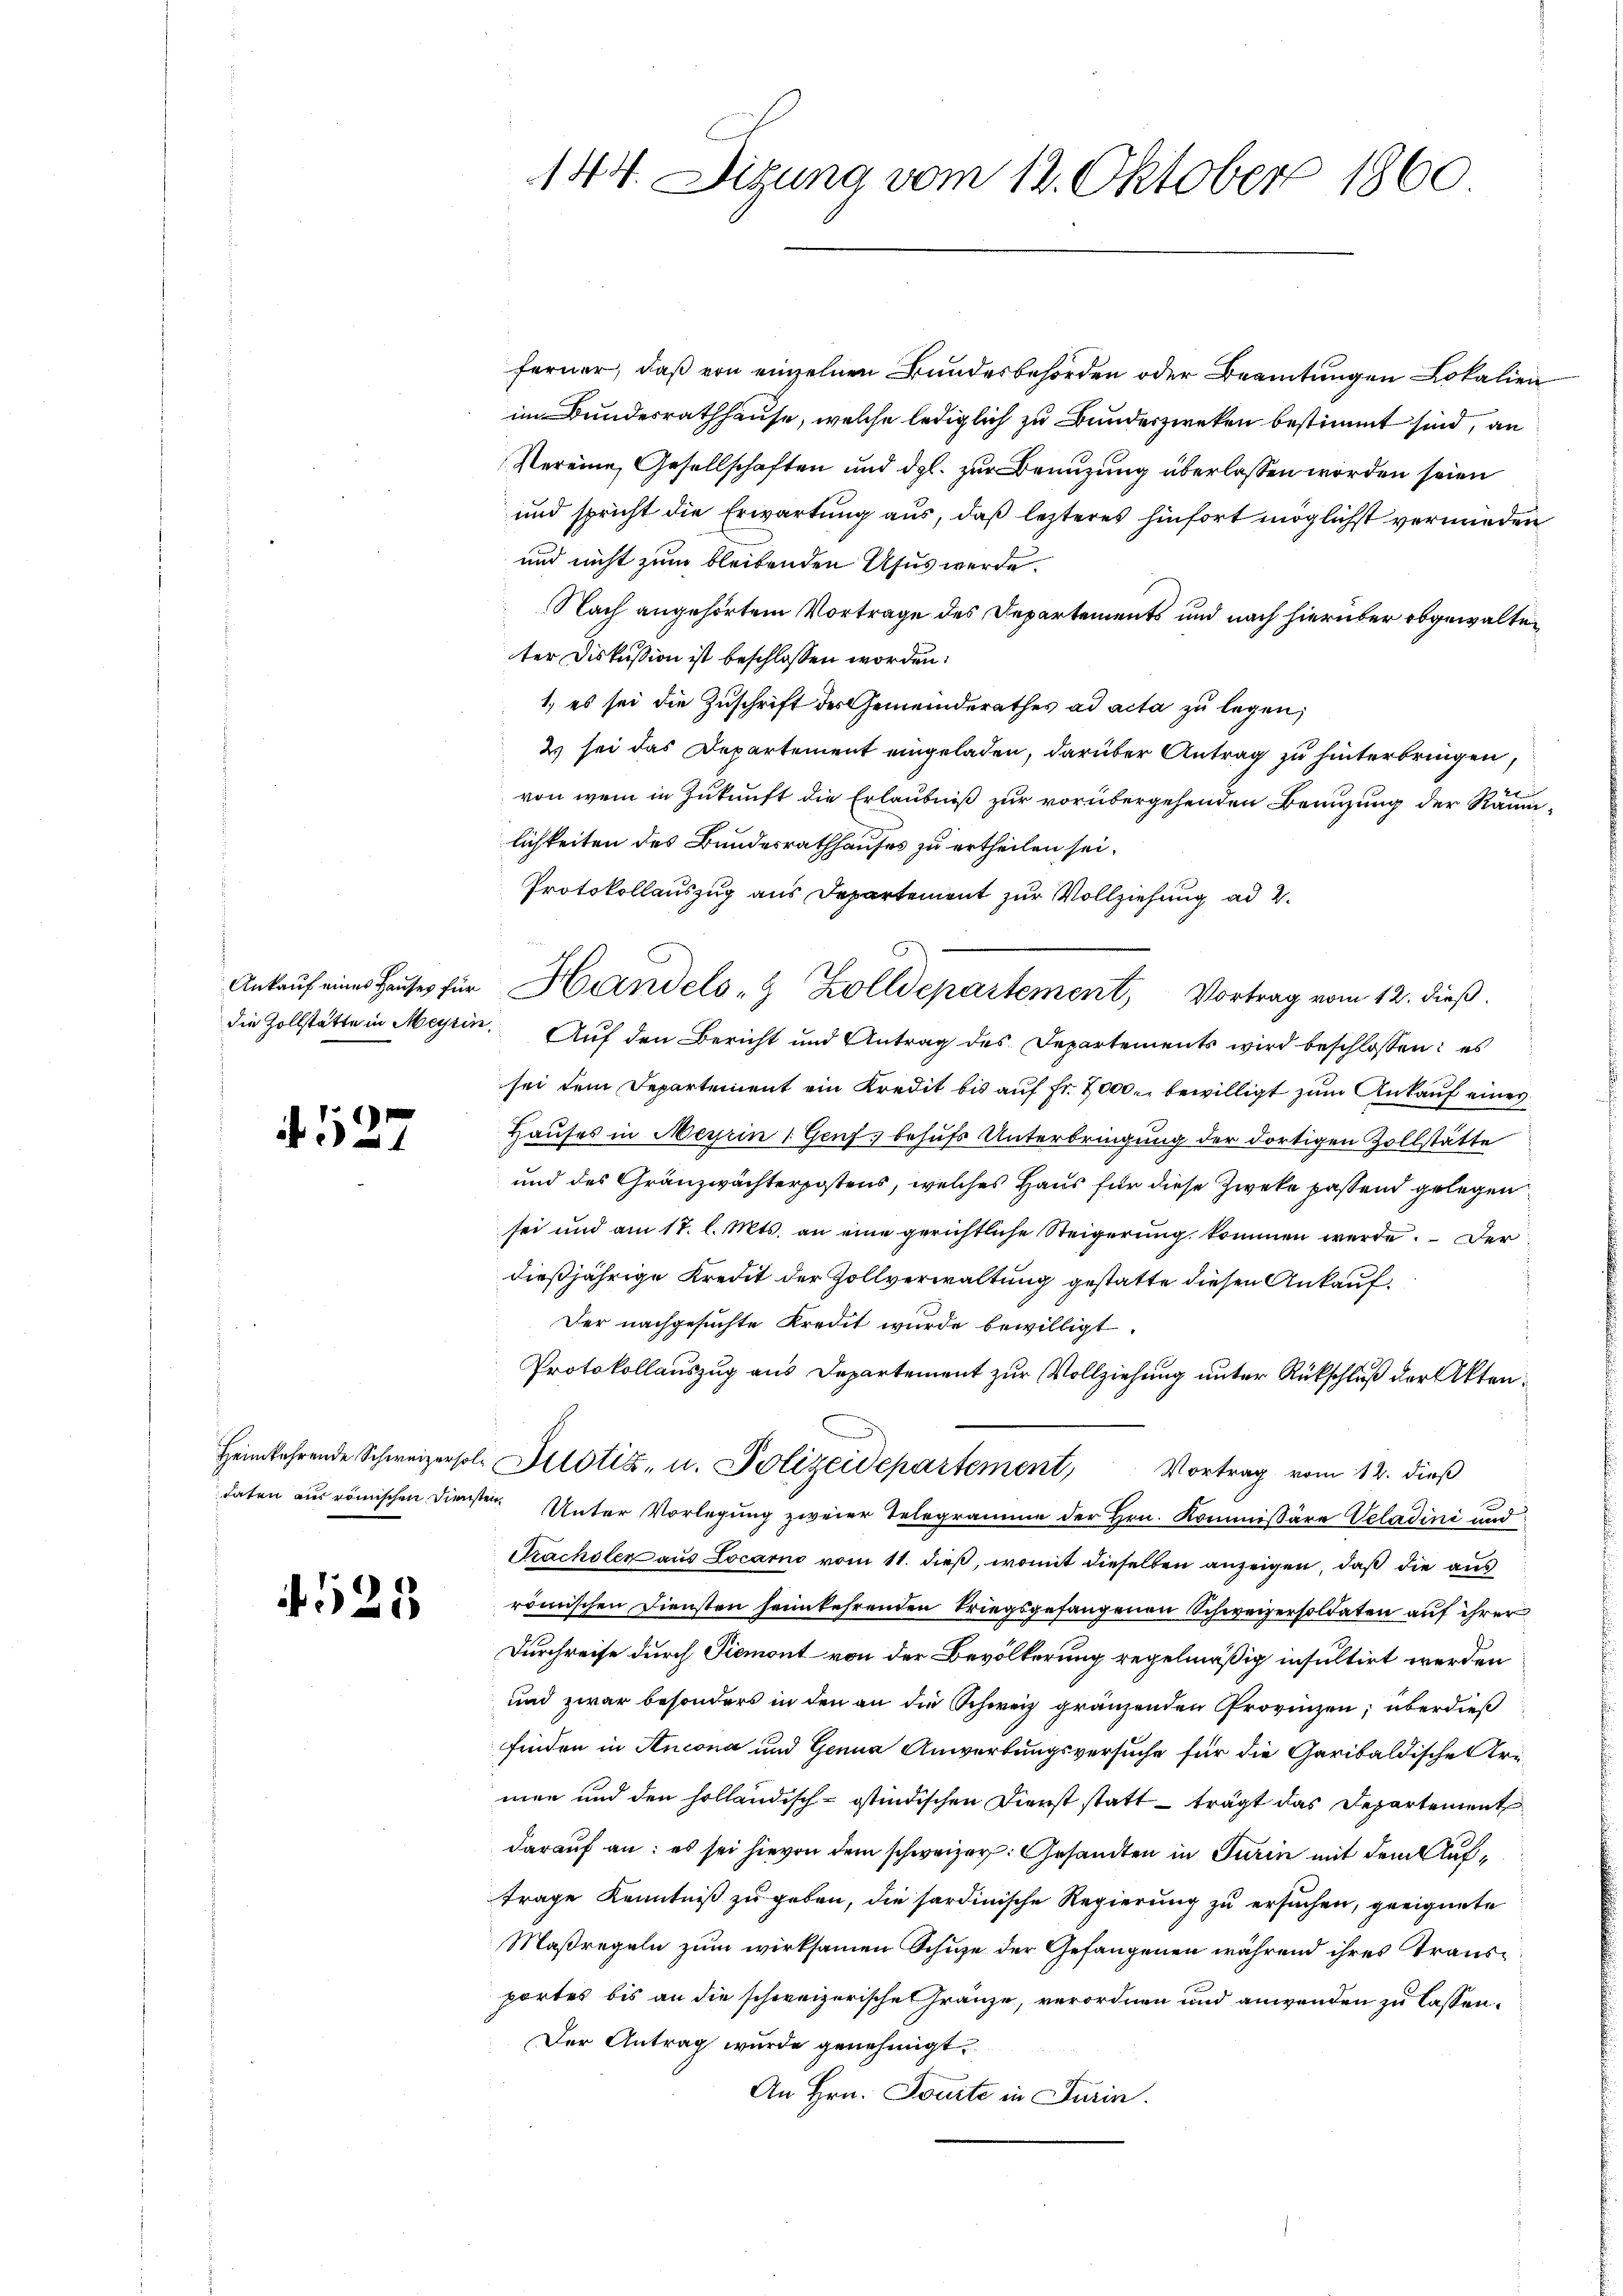
4527

525

ferner, daß von einzelnen Bundesbehörden oder Beamtungen Lokalien
im Bundesrathhause, welche lediglich zu Bundeszweken bestimmt sind, an
Vereine Gesellschaften und dgl. zur Benzung überlassen worden seien
und spricht die Erwartung aus, daß lezteres hinfort möglichst vermieden
und nicht zum bleibenden Aus werde.
Nach angehörtem Vortrage des Departements und nach hierüber abgewalteter Diskussion ist beschlossen worden.
1, es sei die Zuschrift des Gemeinderathes ad acta zu legen,
2 sei das Departement eingeladen, darüber Antrag zu hinterbringen,
von wenn in Zukunft die Erlaubniß zur vorübergehenden Benutzung der Räumlichkeiten des Bundesrathhauses zu ertheilen sei.
Protokollauszug aus Departement zur Vollziehung ad 2.
die Zollstätte in Meyrin. Auf den Bericht und Antrag des Departements wird beschlossen: es
sei dem Departement ein Kredit bis auf Fr. 2000. bewilligt zum Ankauf eines
Hauses in Meyrin (Genf, behufs Unterbringung der dortigen Zollstätte
und des Gränzwächterpostens, welches Haus für diese Zwecke passend gelegen
sei und am 17. l. Mts. an eine gerichtliche Steigerung kommen werde. Der
dießjährige Kredit der Zollverwaltung gestatte diesen Ankauf¬
Der nachgesuchte Kredit wurde bewilligt.
Protokollauszug aus Departement zur Vollziehung unter Rückschluß der Akten¬
Heimkehrende Schweizersol. Allotis, u. Polizeidepartement, Vortrag vom 12. dieß
daten aus römischen Diensten Unter Vorlegung zweier Telegramme der Hrn. Kommißäre Veladini und
Prachsler aus Locarno vom 11. dieß, womit dieselben anzeigen, daß die aus
römischen Diensten heimkehrenden Kriegsgefangenen Schweizersoldaten auf ihrer
Durchreise durch Piemont von der Bevölkerung regelmäßig insultirt werden
und zwar besonders in den an die Schweiz gränzenden Provinzen; überdieß
finden in Ancona und Genua Anwerbungsversuche für die Garibaldische Armen und den holländisch-östindischen Dienst statt trägt das Departement
darauf an: es sei hievon dem schweizer. Gesandten in Turin mit dem Auftrage Kenntniß zu geben, die sardinische Regierung zu ersuchen, geeignete
Maßregeln zum wirksamen Schuze der Gefangenen während ihres Traus
portes bis an die schweizerische Gränze, verordnen und anwenden zu lassen.
Der Antrag wurde genehmigt.
An Hrn. Toute in Turin.

144. Digung vom 12. Oktober 1860

Ankaŭf eines Haŭses für Handels- & Zolldepartement, Vortrag vom 12. dieß.